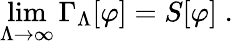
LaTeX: \operatorname*{lim}_{\Lambda\rightarrow\infty}\Gamma_{\Lambda}[\varphi]=S[\varphi]\; .